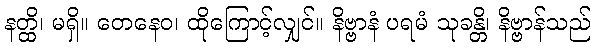
နတ္ထိ၊ မရှိ။ တေနေဝ၊ ထိုကြောင့်လျှင်။ နိဗ္ဗာနံ ပရမံ သုခန္တိ၊ နိဗ္ဗာန်သည်